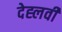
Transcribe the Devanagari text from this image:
देह्लवी